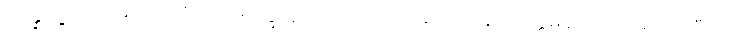
ဥပ္ပန္နပုဗ္ဗာ, တံ အာကာရံ သလ္လက္ခေတွာ တေသံ ဥပ္ပါဒနဝသေန ပဝတ္တမနသိကာရောဝ တီသုပိ